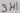
Text: SH1